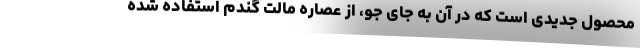
محصول جدیدی است که در آن به‌ جای جو، از عصاره مالت گندم استفاده شده